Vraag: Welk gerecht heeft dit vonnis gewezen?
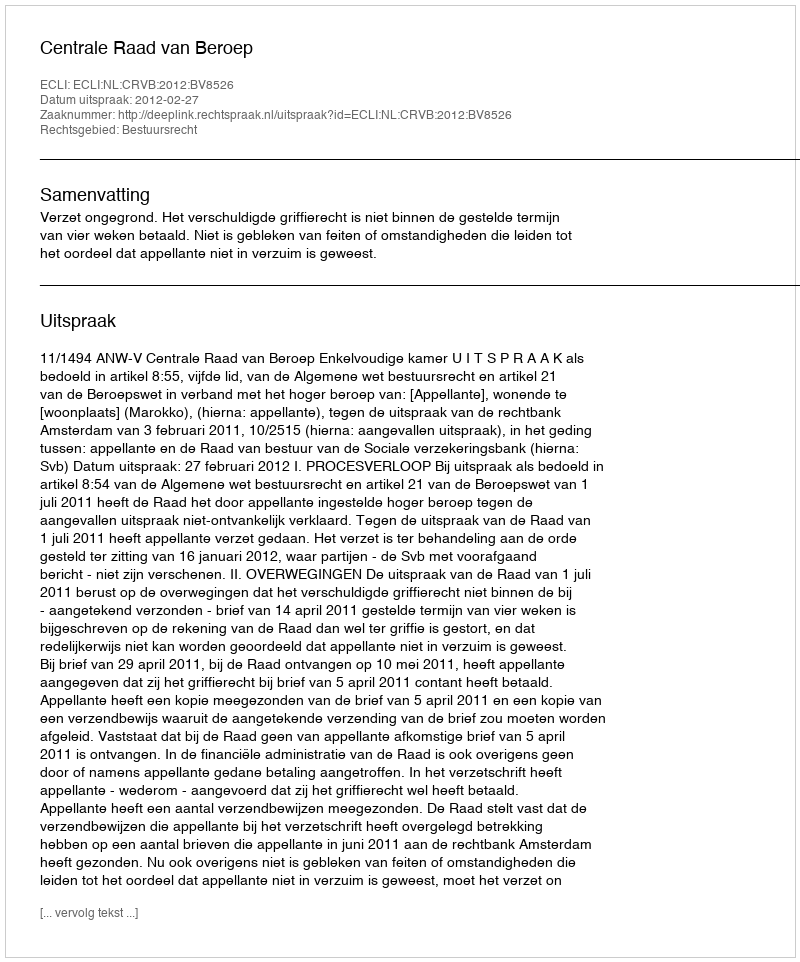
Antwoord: Centrale Raad van Beroep